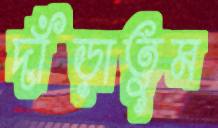
দাঁড়াতুম